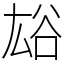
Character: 𧮯